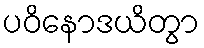
ပဝိနောဒယိတွာ